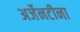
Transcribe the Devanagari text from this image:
अर्जेनटीना